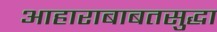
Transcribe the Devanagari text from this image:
आहाराबाबतसुद्धा